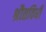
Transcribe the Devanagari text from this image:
श्रौतविधी